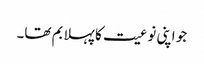
جو اپنی نوعیت کا پہلا بم تھا۔